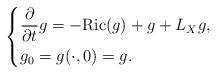
LaTeX: \begin{align*}\left\{\begin{aligned}&\frac{\partial}{\partial t}g=-{\rm{ Ric }}(g)+g+L_Xg,\\&g_0=g(\cdot,0)=g. \end{aligned} \right.\end{align*}